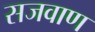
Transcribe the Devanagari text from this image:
सजवाण